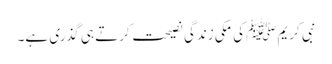
نبی کریمﷺ کی مکی زندگی نصیحت کرتے ہی گذری ہے۔